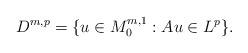
LaTeX: \begin{align*}D^{m,p}=\{u\in M_{0}^{m,1}:Au\in L^{p}\}. \end{align*}